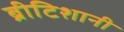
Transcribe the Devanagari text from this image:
ब्रीटिशानी